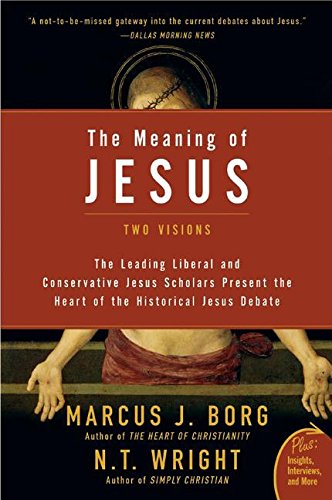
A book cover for The Meaning of Jesus: Two Visions (Plus); Marcus J. Borg; Christian Books & Bibles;